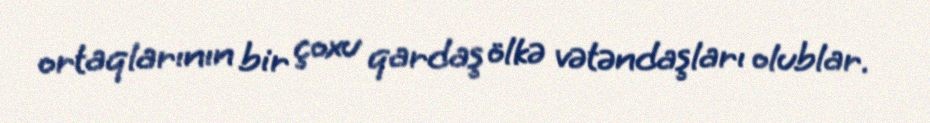
ortaqlarının bir çoxu qardaş ölkə vətəndaşları olublar.